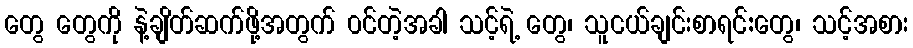
တွေ တွေကို နဲ့ချိတ်ဆက်ဖို့အတွက် ၀င်တဲ့အခါ သင့်ရဲ့ တွေ၊ သူငယ်ချင်းစာရင်:တွေ၊ သင့်အစား